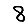
Digit: 8